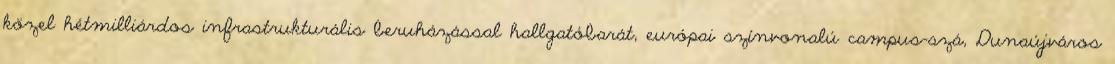
közel hétmilliárdos infrastrukturális beruházással hallgatóbarát, európai színvonalú campus-szá, Dunaújváros